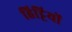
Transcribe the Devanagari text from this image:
हिट्टियों